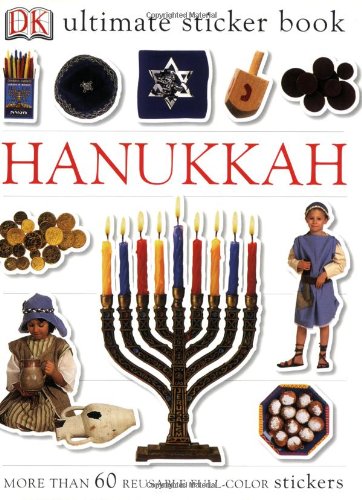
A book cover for Ultimate Sticker Book: Hanukkah (Ultimate Sticker Books); Not Available (NA); Children's Books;